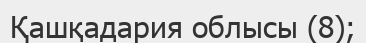
Қашқадария облысы (8);